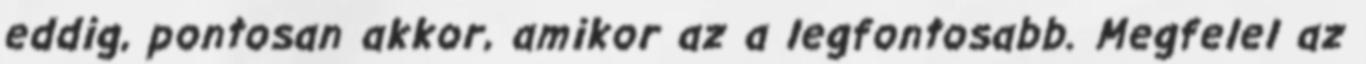
eddig, pontosan akkor, amikor az a legfontosabb. Megfelel az